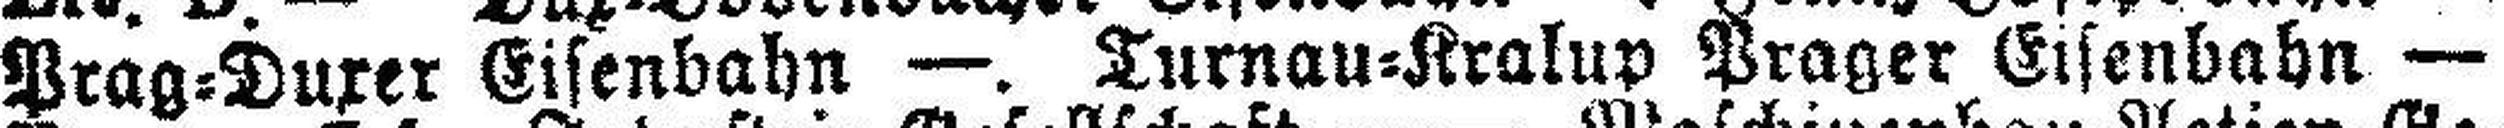
Prag=Duxer Eisenbahn —. Turnau=Kralup Prager Eisenbahn —